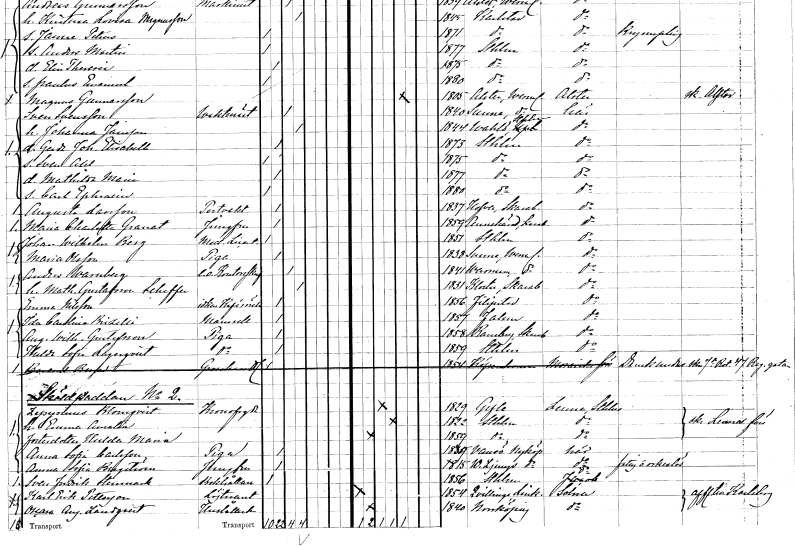
gt_parse: households: individuals: FN: Sven
EN: Svensson
YRKE: Vaktmästare
KON: M
CIV: G
FODAR: 1840
FODFORS: Sunne Värmlands län
FN: Johanna
EN: Jansson
KON: K
CIV: G
FODAR: 1844
FODFORS: Valö Uppsala län
FN: Gerda Johanna Elisabeth
KON: K
CIV: O
FODAR: 1873
FODFORS: Stockholm
FN: Sven Axel
KON: M
CIV: O
FODAR: 1875
FODFORS: Stockholm
FN: Mathilda Maria
KON: K
CIV: O
FODAR: 1877
FODFORS: Stockholm
FN: Carl Ephraim
KON: M
CIV: O
FODAR: 1880
FODFORS: Stockholm
FN: Augusta
EN: Larsson
YRKE: Portvakt
KON: K
CIV: O
FODAR: 1837
FODFORS: Hova Skaraborgs län
FN: Maria Charlotta
EN: Granat
YRKE: Jungfru
KON: K
CIV: O
FODAR: 1859
FODFORS: Amnehärad Skaraborgs län
FN: Johan Wilhelm
EN: Berg
YRKE: Medicine licenciat
KON: M
CIV: O
FODAR: 1851
FODFORS: Stockholm
FN: Maria
EN: Olsson
YRKE: Piga
KON: K
CIV: O
FODAR: 1838
FODFORS: Sunne Värmlands län
FN: Anders
EN: Warnberg
YRKE: Kontorsskrivare e.o.
KON: M
CIV: G
FODAR: 1841
FODFORS: Varnum Värmlands län
FN: Mathilda
EN: Gustafsson Scheffer
KON: K
CIV: G
FODAR: 1831
FODFORS: Kloster Skaraborgs län
FN: Emma
EN: Nilsson
YRKE: Kaféidkerska
KON: K
CIV: O
FODAR: 1856
FODFORS: Filipstad Värmlands län
FN: Ida Carolina
EN: Brizelli
KON: K
CIV: O
FODAR: 1857
FODFORS: Falun Kopparbergs län
FN: Augusta Wilhelmina
EN: Gustafsson
YRKE: Piga
KON: K
CIV: O
FODAR: 1858
FODFORS: Ransberg Skaraborgs län
FN: Hulda Sofia
EN: Lagerqvist
YRKE: Piga
KON: K
CIV: O
FODAR: 1859
FODFORS: Stockholm
FN: Berend
EN: Bergad
YRKE: Grosshandlare
KON: M
CIV: O
FODAR: 1854
FN: Zepyrinus
EN: Blomqvist
YRKE: Kronofogde
KON: M
CIV: G
FODAR: 1829
FODFORS: Gävle Gävleborgs län
FN: Emma Amalia
KON: K
CIV: G
FODAR: 1822
FODFORS: Stockholm
FN: Hulda Maria
KON: K
CIV: O
FODAR: 1859
FODFORS: Stockholm
FN: Anna Sofia
EN: Carlsson
YRKE: Piga
KON: K
CIV: O
FODAR: 1835
FODFORS: Vansö Södermanlands län
FN: Anna Sofia
EN: Bergström
YRKE: Jungfru
KON: K
CIV: O
FODAR: 1815
FODFORS: Västerljung Södermanlands län
FN: Sven Fredrik
EN: Stenmark
YRKE: Bokhållare
KON: M
CIV: O
FODAR: 1856
FODFORS: Stockholm
FN: Karl Erik
EN: Petterson
YRKE: Löjtnant
KON: M
CIV: O
FODAR: 1854
FODFORS: Kvillinge Östergötlands län
FN: Oscara Augusta
EN: Landqvist
YRKE: Hushållerska
KON: K
CIV: O
FODAR: 1840
FODFORS: Norrköping Östergötlands län